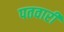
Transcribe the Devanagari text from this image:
पतवारी